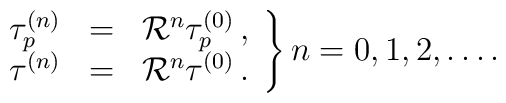
\left.\begin{array}{rcl}\tau_p^{(n)} & = & {\cal R}^n \tau_p^{(0)} \,, \\\tau^{(n)}   & = & {\cal R}^n \tau^{(0)} \,.\end{array}\right\}n = 0,1,2,\ldots .